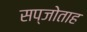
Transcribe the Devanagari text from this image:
सप्जोताह